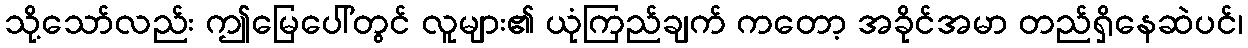
သို့သော်လည်း ဤမြေပေါ်တွင် လူများ၏ ယုံကြည်ချက် ကတော့ အခိုင်အမာ တည်ရှိနေဆဲပင်၊